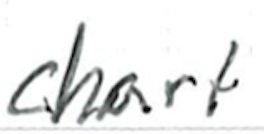
Text: chart
Cross-out: clean
Writing tool: ballpoint